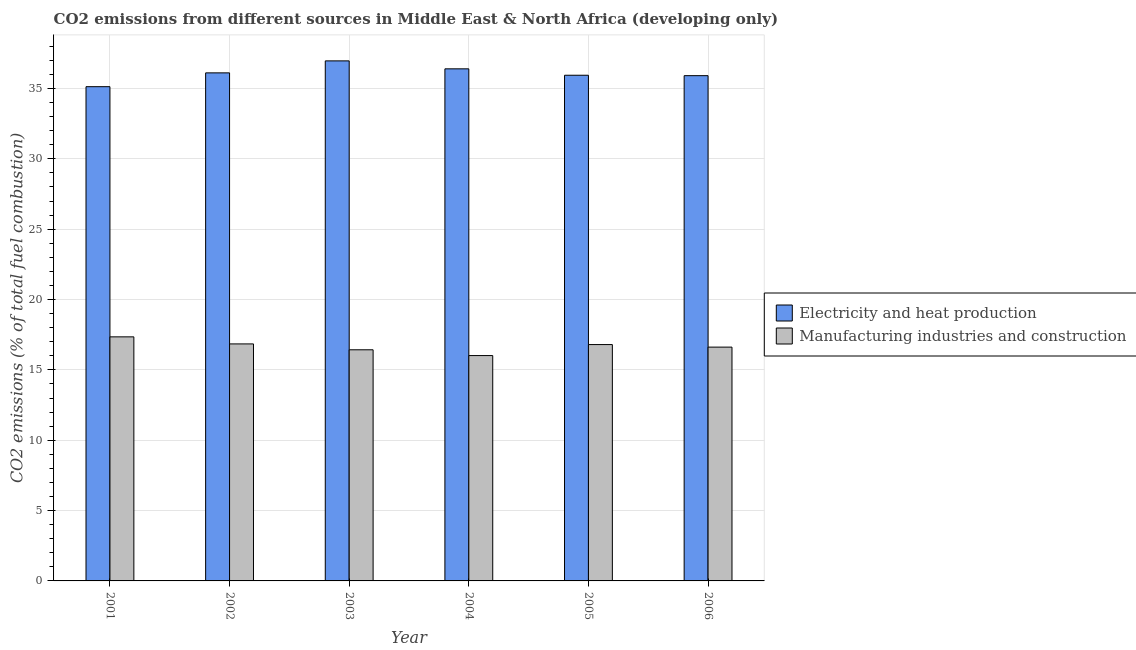
| Year | Electricity and heat production | Manufacturing industries and construction |
 | --- | --- | --- |
 | 2001 | 35.1 | 17.3 |
 | 2002 | 36.1 | 16.8 |
 | 2003 | 37 | 16.4 |
 | 2004 | 36.4 | 16 |
 | 2005 | 35.9 | 16.8 |
 | 2006 | 35.9 | 16.6 |